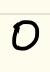
0